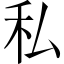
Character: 私